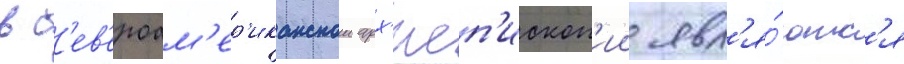
в с'ев'ероам'ер'иканскои арх'иеп'ископ'ии явл'я́ютс'я